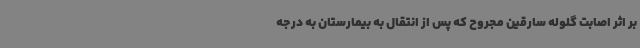
بر اثر اصابت گلوله سارقین مجروح که پس از انتقال به بیمارستان به درجه